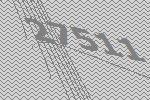
27511